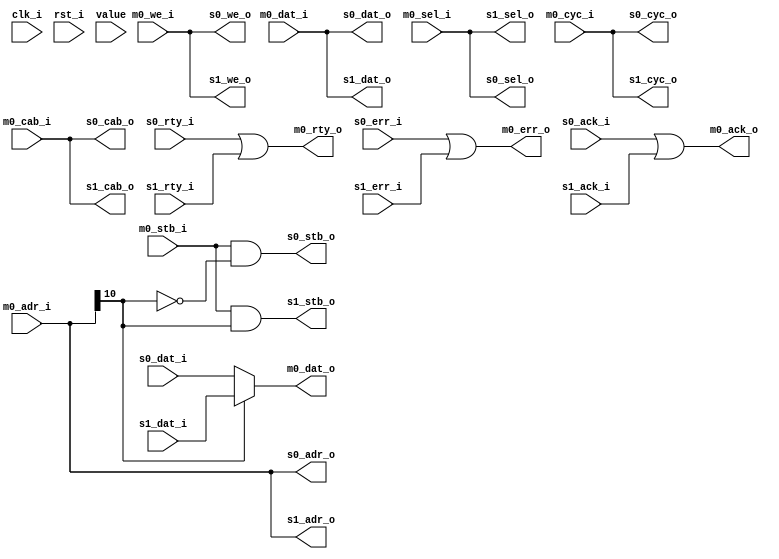
`timescale 1ns / 1ps
//////////////////////////////////////////////////////////////////////////////////
// Company: 
// Engineer: 
// 
// Design Name: 
// Module Name:    wb_conbus_top 
// Project Name: 
// Target Devices: 
// Tool versions: 
// Description: 
//
// Dependencies: 
//
// Revision: 
// Revision 0.01 - File Created
// Additional Comments: 
//
//////////////////////////////////////////////////////////////////////////////////

`define			dw	 32		// Data bus Width
`define			aw	 11		// Address bus Width
`define			sw   `dw / 8	// Number of Select Lines          byte select width
`define			mbusw  `aw + `sw + `dw +4 	//address width + byte select width + dat width + cyc + we + stb +cab , input from master interface
`define			sbusw	 3	//  ack + err + rty, input from slave interface
`define			mselectw  1// number of masters
`define			sselectw  2	// number of slavers
`define 		WB_USE_TRISTATE 0

module wb_conbus_top(
	clk_i, rst_i,

	// Master Interfaces
	m0_dat_i, m0_dat_o, m0_adr_i, m0_sel_i, m0_we_i, m0_cyc_i,
	m0_stb_i, m0_ack_o, m0_err_o, m0_rty_o, m0_cab_i,



	// Slave  Interface
	s0_dat_i, s0_dat_o, s0_adr_o, s0_sel_o, s0_we_o, s0_cyc_o,
	s0_stb_o, s0_ack_i, s0_err_i, s0_rty_i, s0_cab_o,
	
	s1_dat_i, s1_dat_o, s1_adr_o, s1_sel_o, s1_we_o, s1_cyc_o,
	s1_stb_o, s1_ack_i, s1_err_i, s1_rty_i, s1_cab_o,
	
	//master arbitrer pins,
	value
    );

parameter		s0_addr_w = 1 ;			// slave 0 address decode width
parameter		s0_addr = 1'b0;			// slave 0 address
parameter		s1_addr_w = 1 ;			// slave 1 address decode width
parameter		s1_addr = 1'b1;			// slave 1 address

////////////////////////////////////////////////////////////////////
//
// Module IOs
//

input		clk_i, rst_i;
// Master Interfaces
input		[`dw-1 : 0]		m0_dat_i;
output	[`dw-1:0]		m0_dat_o;
input		[`aw-1 : 0]		m0_adr_i; 
input		[`sw-1 : 0]		m0_sel_i; 
input							m0_we_i; 
input							m0_cyc_i;
input							m0_stb_i;
input							m0_cab_i;
output						m0_ack_o;
output						m0_err_o;
output						m0_rty_o;

input [15:0] value;

// Slave 0 Interface
input		[`dw-1:0]		s0_dat_i;
output	[`dw-1:0]		s0_dat_o;
output	[`aw-1:0]		s0_adr_o;
output	[`sw-1:0]		s0_sel_o;
output						s0_we_o;
output						s0_cyc_o;
output						s0_stb_o;
output						s0_cab_o;
input							s0_ack_i;
input							s0_err_i;
input							s0_rty_i;


// Slave 1 Interface
input		[`dw-1:0]		s1_dat_i;
output	[`dw-1:0]		s1_dat_o;
output	[`aw-1:0]		s1_adr_o;
output	[`sw-1:0]		s1_sel_o;
output						s1_we_o;
output						s1_cyc_o;
output						s1_stb_o;
output						s1_cab_o;
input							s1_ack_i;
input							s1_err_i;
input							s1_rty_i;


wire	[`sselectw -1:0]	i_ssel_dec;

/*`ifdef	WB_USE_TRISTATE //for simulation
	wire	[`mbusw -1:0]	i_bus_m; 
	`else *///for synthesis
		wire		[`mbusw -1:0]	i_bus_m;		// internal share bus, master data and control to slave
//`endif

wire	[`dw -1:0]		i_dat_s;	// internal share bus , slave data to master
wire	[`sbusw -1:0]	i_bus_s;	// internal share bus , slave control to master

////////////////////////////////////////////////////////////////////
//
// Master output Interfaces

assign	m0_dat_o = i_dat_s;
assign  {m0_ack_o, m0_err_o, m0_rty_o} = i_bus_s; //& /*3'h0;*/ {3{i_gnt_arb[0]}};


assign  i_bus_s = {s0_ack_i | s1_ack_i, s0_err_i | s1_err_i, s0_rty_i | s1_rty_i};

////////////////////////////////
//	Slave output interface

assign  {s0_adr_o, s0_sel_o, s0_dat_o, s0_we_o, s0_cab_o,s0_cyc_o} = i_bus_m[`mbusw -1:1];
assign	 s0_stb_o = i_bus_m[0] & i_ssel_dec[0];    // stb_o = cyc_i & stb_i & i_ssel_dec


assign  {s1_adr_o, s1_sel_o, s1_dat_o, s1_we_o, s1_cab_o, s1_cyc_o} = i_bus_m[`mbusw -1:1];
assign	s1_stb_o = i_bus_m[0] & i_ssel_dec[1];
 
///////////////////////////////////////

//	Master and Slave input interface
/*
`ifdef	WB_USE_TRISTATE //for simulation
	// input from master interface
	assign	i_bus_m = i_gnt_arb[0] ? {m0_adr_i, m0_sel_i, m0_dat_i, m0_we_i, m0_cab_i, m0_cyc_i, m0_stb_i} : 72'bz ;
	assign	i_bus_m = i_gnt_arb[1] ? {m1_adr_i, m1_sel_i, m1_dat_i, m1_we_i, m1_cab_i,m1_cyc_i, m1_stb_i} : 72'bz ;
	assign	i_bus_m = i_gnt_arb[2] ? {m2_adr_i, m2_sel_i, m2_dat_i,  m2_we_i, m2_cab_i, m2_cyc_i, m2_stb_i} : 72'bz ;
	// input from slave interface
	assign  i_dat_s = i_ssel_dec[0] ? s0_dat_i: 32'bz;
`else //for synthesis*/
	assign i_bus_m = {m0_adr_i, m0_sel_i, m0_dat_i, m0_we_i, m0_cab_i, m0_cyc_i,m0_stb_i};
					
	assign	i_dat_s = i_ssel_dec[0] ? s0_dat_i :
				  i_ssel_dec[1] ? s1_dat_i : 0; 
//`endif

//
// arbitor 
//

//////////////////////////////////
// 		address decode logic

wire [1:0]	m0_ssel_dec;
assign i_ssel_dec = m0_ssel_dec;
		

//	decode all master address before arbitor for running faster	

assign m0_ssel_dec[0] = (m0_adr_i[`aw -1 : `aw - s0_addr_w ] == s0_addr);
assign m0_ssel_dec[1] = (m0_adr_i[`aw -1 : `aw - s1_addr_w ] == s1_addr);


endmodule